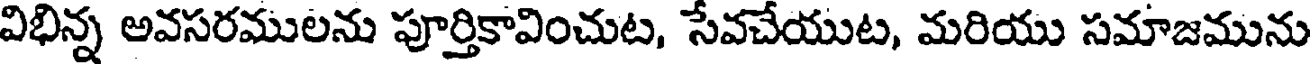
విభిన్న అవసరములను పూర్తికావించుట, సేవచేయుట, మరియు సమాజమును